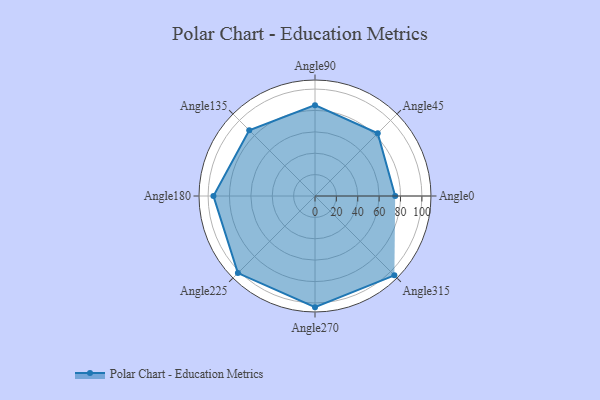
{"axis": {"x": "Angle", "y": "Radius"}, "legend": [""], "data": [{"x": "Angle0", "y": 75.0, "type": ""}, {"x": "Angle45", "y": 83.0, "type": ""}, {"x": "Angle90", "y": 85.0, "type": ""}, {"x": "Angle135", "y": 87.0, "type": ""}, {"x": "Angle180", "y": 95.0, "type": ""}, {"x": "Angle225", "y": 102.0, "type": ""}, {"x": "Angle270", "y": 104.0, "type": ""}, {"x": "Angle315", "y": 105.0, "type": ""}]}